Source: Handwritten
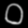
Digit: ၀ (0)